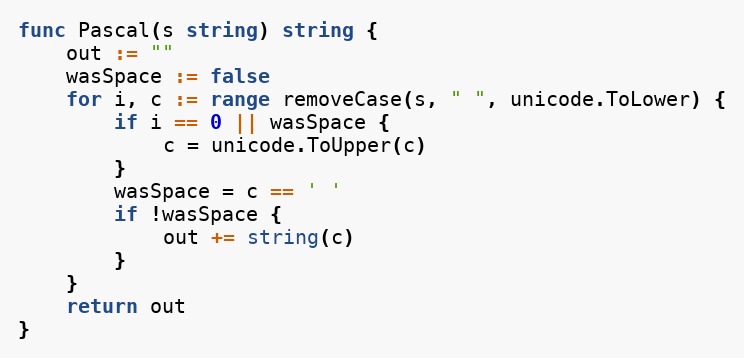
Language: Go
func Pascal(s string) string {
	out := ""
	wasSpace := false
	for i, c := range removeCase(s, " ", unicode.ToLower) {
		if i == 0 || wasSpace {
			c = unicode.ToUpper(c)
		}
		wasSpace = c == ' '
		if !wasSpace {
			out += string(c)
		}
	}
	return out
}